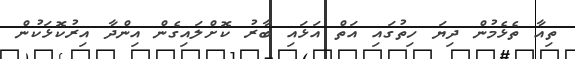
ތިއާ ތެޅެމުން ދިޔަ ހިތުގައި އަތް އަޅައި ބާރު ކޮށްލައިގެން އިންދާ އިރުކޮޅަކުން